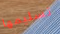
تسليمها